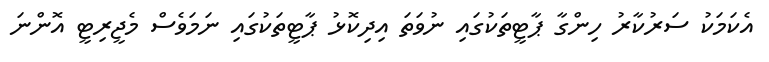
އެކަމަކު ސަރުކާރު ހިންގާ ޕާޓީތަކުގައި ނުވަތަ އިދިކޮޅު ޕާޓީތަކުގައި ނަމަވެސް މެޖީރިޓީ އޮންނަ